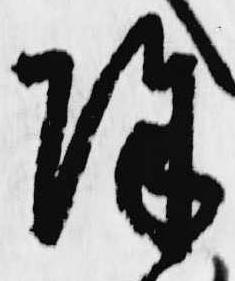
除